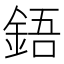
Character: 鋙